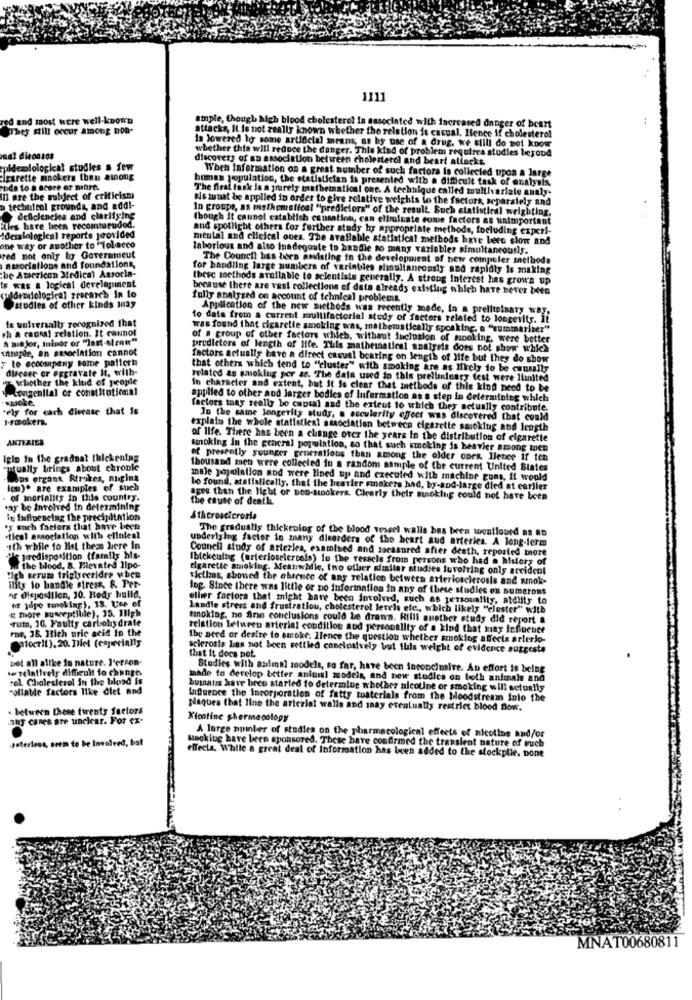
1111
red and most were well-known
They still occur among hon-
ample, though high blood cholesterol is associated with increased danger of beart
attacks, IL is not really known whether the relation is casual. Hence if cholesterol
Is lowered ho some artificial mrans, as by use of a drug, we still do not know
whether this will reduce the danger. This kind of problem requirea studies begood
discovers of an association between cholesterol and beart allacks.
epidemiological studies a few
When Information on a great number of such factors is collected upon a large
Igarette mnokers than among
bomas population, the statistician is presented with a difficult task of analysis
The firat task is a purely mathematical one. A technique called multivariate analy-
inl are the subject of criticismi
kis munat be applied in order to give relative weights to the factors, separately and
p technical grounds, and addi-
In groups, as msthensffcal "predictors" of the result Such statistical weighting,
deficiencies and clarifying
Though It cannot catablich causation, can eliminate come factors as unimportant
filles hare been recomturudod.
and spotlight others for further study by appropriate methods, focluding experi-
Adesalological reports provided
mental and clicical ones. The available statistical methods have Leer slow and
one way or another to ""lolacco
laborious and also inadeguate to handle so p
any variables simultaneously.
red not only by Government
associations and foundations,
The Council has been anvisting in the development of new computer methods
for handling large numbers of variables simultaneously and rapidly Is making
the American Medical Assorla-
these methods available to scientisis generally. A strong Interest has grown up
F was a logical development
because there are vast collections of data already existing which have never been
guidezilological research in to
fully analysed on account of tehnical problems
studies of other kinds mnay
Application of the new methods was recently made, in a preliminary way.
is universally recognized that
to data from a current multifactorial study of factors related to longevity. it
th a caoral relation. It cannot
was found that cigarette smoking was, mathematically spoaking, a "summarizer"
A mia jor, Ininor or "Jast-slenw"
of a group of other factors which, without inclusion of mooking, were better
sample, an association cannot
predictors of length of life. This matheinetical analysis does not show which
factors actually have a direct casual bearing on length of life but they do show
to accompany some palteri
disease or aggravate it, with-
that others which tend to "cluster" with smoking are as Miely to be cauully
whether the kind of people
related as smoklug per 28. The data used to this preliminary test were limited
Congenital or constitutional
In character and extent, but it is clear that inelbods of this kind need to be
applied to other and larger bodies of Information as a step in determining which
"ely for each diecase that is
spoke.
factors may really be cantal and the extent to which they actually contribute.
I-rooken.
In the same longevity study, a accularity effect was discovered that could
explain the whole statistical association between cigarette smoking abd length
AKTERIES
of Ilfe. There has been a change over the years in the distribution of cigarette
knoking in the general population, so that such smoking is heavier among men
Iglo In the gradual thickening
of presently younger generations than among the older ones. Ilence if ten
"qually brings about chroble
Thousand men were collected in a random sample of the current United States
cops ergant Strikes, migina
male population and were lined up and executed with machine guns, it would
ic). are examples of such
lo found, staffalically, that the heavier smokers had, by-and-large died at carlier
of mortality in this country.
agee than the light or Don-sinokers. Clearly their susoklug could not have been
the cause of death
say be involved in determining
in Influencing the precipitation
Atheroscicrosia
'y anch factors that have been
The gradualis thickeblog of the blood vessel walls bas been woentioned as an
"tical association with eliniesl
underlying factor in many disorders of the heart aud arteries. A long-term
tth while to Het them here in
Council study of arteries, examined and forasured after death, reported more
S huredisposition (family his-
Ibtekening (arteriosclerosis) In the vessels from persons who had a history of
the blood, 8. Elevated lipo-
cigarette smoking. Meanwhile, two other similar studies luvolring only accident
:ich serum triglycerides when
victims, showed the absence of ans relation between arteriosclerosis and xmnok-
ility to handle stress, & Per-
log. Since there was little or no information in any of these studies on sumerons
or disposition, 10. Body build,
of jipe towoking), 38. Use of
oliver factors that might have been involved, such as personality, atdlity to
more susceptible), 35. 13igh
Landle stress and frustratlou, cholesterol levels etc ., which likely "clester" with
"ruth, 10. Faulty carbohydrate
tinoking, ne fire conclusions could be drawn. Hilli muother study did report &
ros, 38. Hich uric acid in the
relation between arterial condition and personality of a kind that may influence
enforit). 20. Det (especially
the need or desire to smoke. Hence the question whether smoklog affects arlerlo-
sclerosis Las not been settled conclusively but this weight of evidence suggests
tot all allke in nature. J'ercon-
that it does not.
.- relatively difficult to change.
Studies with animal models, so far, have been inconclusive. An effort is being
rol Cholesterol in the blood is
made to develop better aniuil models, and bew studies on both animals and
ollatde factors like diet and
bumans have been started to determine whether nicotine or smoking will actually
Influence the incorporation of fatty tuaterials from the bloodstream into the
« between these twenty Sectors
plaques that line the arterial walls and say eventually restrict blood flow.
any cares pre unclear. For Cx-
Nicotine shermecology
A large minber of studies on the pharmacological effects of nicotine and/or
poterlous, seem to be Involved, bat
Mnoking have been sponsored. These have confirmed the transient nature of euch
effects, While a great deal of Information has been added to the stockplie, Done
MNAT00680811